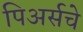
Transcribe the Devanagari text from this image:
पिअर्सचे